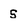
Character: S